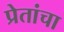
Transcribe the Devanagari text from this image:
प्रेतांचा